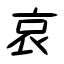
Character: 哀